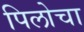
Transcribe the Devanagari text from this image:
पिलोचा